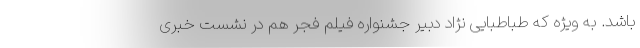
باشد. به ویژه که طباطبایی نژاد دبیر جشنواره فیلم فجر هم در نشست خبری